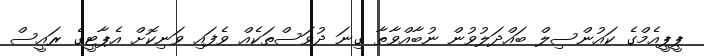
ޕީޕީއެމްގެ ކައުންސިލް ބައްދަލުވުން ނުބާއްވާތާ ގިނަ ދުވަސްތަކެއް ވެފައި ވަނިކޮށް އެޕާޓީގެ ރައީސް